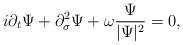
LaTeX: \begin{align*} i\partial_t \Psi+\partial_\sigma^2\Psi+\omega \frac{\Psi}{|\Psi|^2}=0, \end{align*}